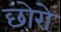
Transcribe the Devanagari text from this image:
छोरो